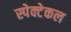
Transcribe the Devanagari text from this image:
स्पेक्टेकल